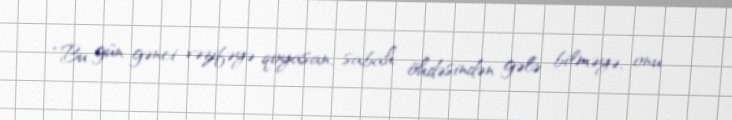
“Bu gün gənci vəzifəyə qoyasan, sabah öhdəsindən gələ bilməyə, onu